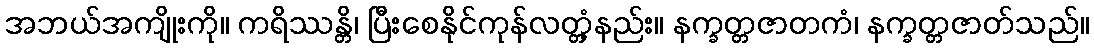
အဘယ်အကျိုးကို။ ကရိဿန္တိ၊ ပြီးစေနိုင်ကုန်လတ္တံ့နည်း။ နက္ခတ္တဇာတကံ၊ နက္ခတ္တဇာတ်သည်။